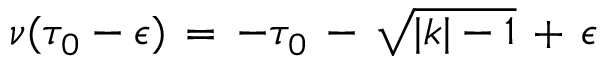
\nu ( \tau _ { 0 } - \epsilon ) \, = \, - \tau _ { 0 } \, - \, \sqrt { \vert k \vert - 1 } \, + \, \epsilon